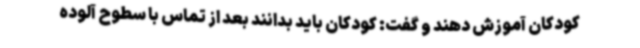
کودکان آموزش دهند و گفت: کودکان باید بدانند بعد از تماس با سطوح آلوده